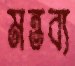
মন্তব্য